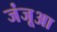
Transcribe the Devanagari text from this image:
जंजूआ